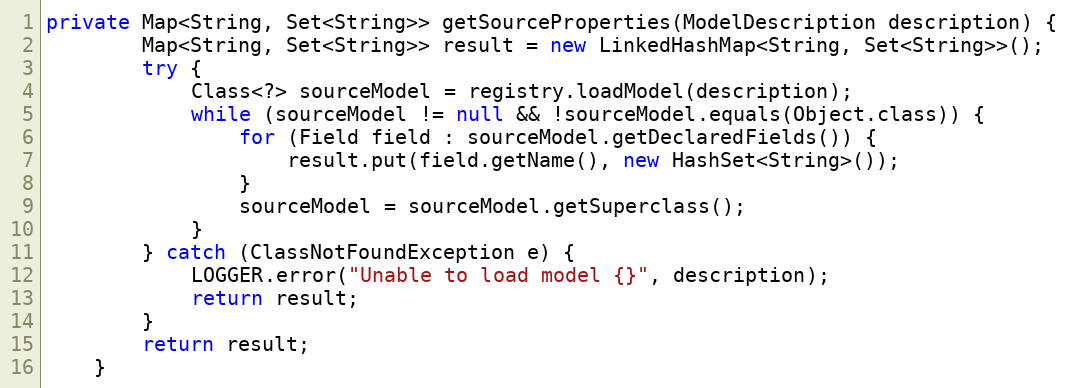
Language: Java
private Map<String, Set<String>> getSourceProperties(ModelDescription description) {
        Map<String, Set<String>> result = new LinkedHashMap<String, Set<String>>();
        try {
            Class<?> sourceModel = registry.loadModel(description);
            while (sourceModel != null && !sourceModel.equals(Object.class)) {
                for (Field field : sourceModel.getDeclaredFields()) {
                    result.put(field.getName(), new HashSet<String>());
                }
                sourceModel = sourceModel.getSuperclass();
            }
        } catch (ClassNotFoundException e) {
            LOGGER.error("Unable to load model {}", description);
            return result;
        }
        return result;
    }